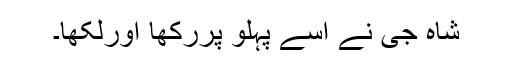
شاہ جی نے اسے پہلو پررکھا اورلکھا۔